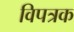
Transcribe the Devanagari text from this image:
विपत्रक